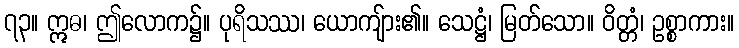
၇၃။ ဣဓ၊ ဤလောက၌။ ပုရိသဿ၊ ယောကျ်ား၏။ သေဋ္ဌံ၊ မြတ်သော။ ဝိတ္တံ၊ ဥစ္စာကား။